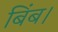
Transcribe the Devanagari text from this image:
बिंब।